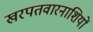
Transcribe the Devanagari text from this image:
खरपतवारनाशियों